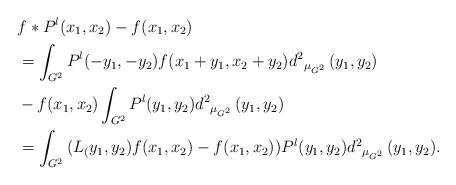
LaTeX: \begin{align*}&f*P^l(x_1,x_2) -f(x_1,x_2)\\&=\int_{G^2}{P^l(-y_1,-y_2)f(x_1+y_1,x_2+y_2){d^2}_{{\mu }_{G^2}}\left(y_1,y_2\right)}\\&-f(x_1,x_2)\int_{G^2}{P^l(y_1,y_2){d^2}_{{\mu }_{G^2}}\left(y_1,y_2\right)}\\&=\int_{G^2}{(L_(y_1,y_2)f(x_1,x_2)-f(x_1,x_2))P^l(y_1,y_2){d^2}_{{\mu }_{G^2}}\left(y_1,y_2\right)}.\end{align*}